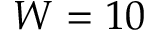
W = 1 0